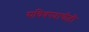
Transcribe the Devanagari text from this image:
सचिवपदाचीही